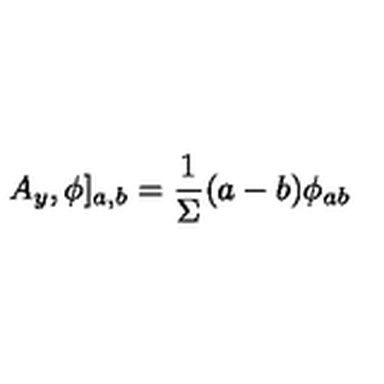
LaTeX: A _ { y } , \phi ] _ { a , b } = \frac { 1 } { \Sigma } ( a - b ) \phi _ { a b }